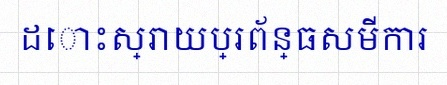
ដោះស្រាយប្រព័ន្ធសមីការ